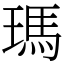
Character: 瑪